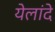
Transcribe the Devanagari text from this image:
येलांदे